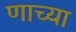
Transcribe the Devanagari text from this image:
णाच्या